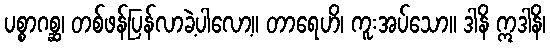
ပစ္စာဂစ္ဆ၊ တစ်ဖန်ပြန်လာခဲ့ပါလော့။ တာရေဟိ၊ ကူးအပ်သော။ ဒါနိ ဣဒါနိ၊